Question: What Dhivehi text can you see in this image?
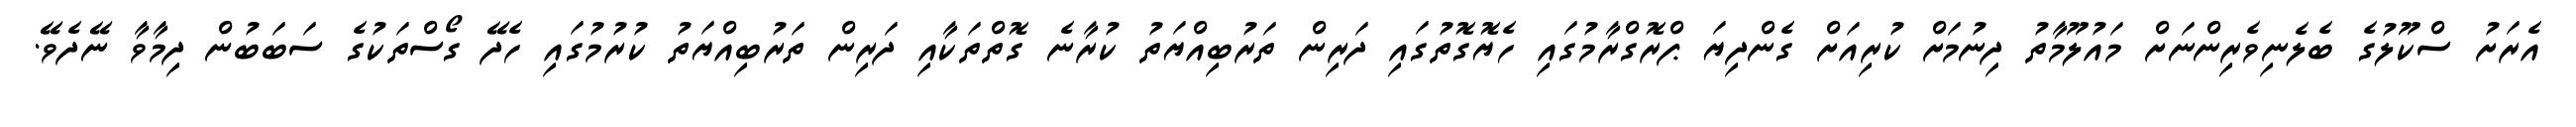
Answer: އެރަށު ސްކޫލުގެ ބެލެނިވެރިންނަށް މައުލޫމާތު ދިނުމަށް ކުރިއަށް ގެންދިޔަ ޕްރޮގްރާމުގައި ހެޔޮގޮތުގައި ދަރިން ތަރުބިއްޔަތު ކުރާނެ ގޮތްތަކާއި ދަރިން ތަރުބިއްޔަތު ކުރުމުގައި ހެދޭ ގޯސްތަކުގެ ސަބަބުން ދިމާވާ ނޭދެވޭ.